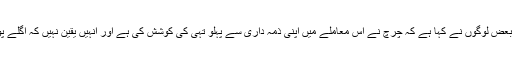
ان زیادتیوں کا شکار ہونے والے بعض لوگوں نے کہا ہے کہ چرچ نے اس معاملے میں اپنی ذمہ داری سے پہلو تہی کی کوشش کی ہے اور انہیں یقین نہیں کہ اگلے پوپ کوئی بڑی تبدیلیاں لائیں گے۔